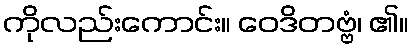
ကိုလည်းကောင်း။ ဝေဒိတဗ္ဗံ၊ ၏။